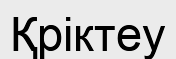
Қріктеу